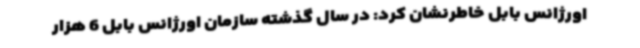
اورژانس بابل خاطرنشان کرد: در سال گذشته سازمان اورژانس بابل 6 هزار